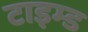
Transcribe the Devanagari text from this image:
टाइम्ड